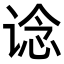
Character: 谂